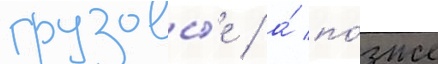
грузовы́е / а́ по́зже